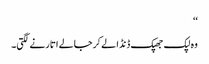
‘‘
وہ لپک جھپک ڈنڈا لے کر جالے اتارنے لگتی۔